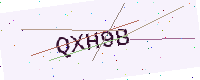
Text: QXH9B